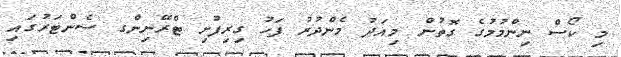
މި ކޯސް ނިންމުމުގެ ގޮތުން މިއަދު މެންދުރު ފަހު ގިރިފުށި ޓްރޭނިންގ ސެންޓަރުގައި